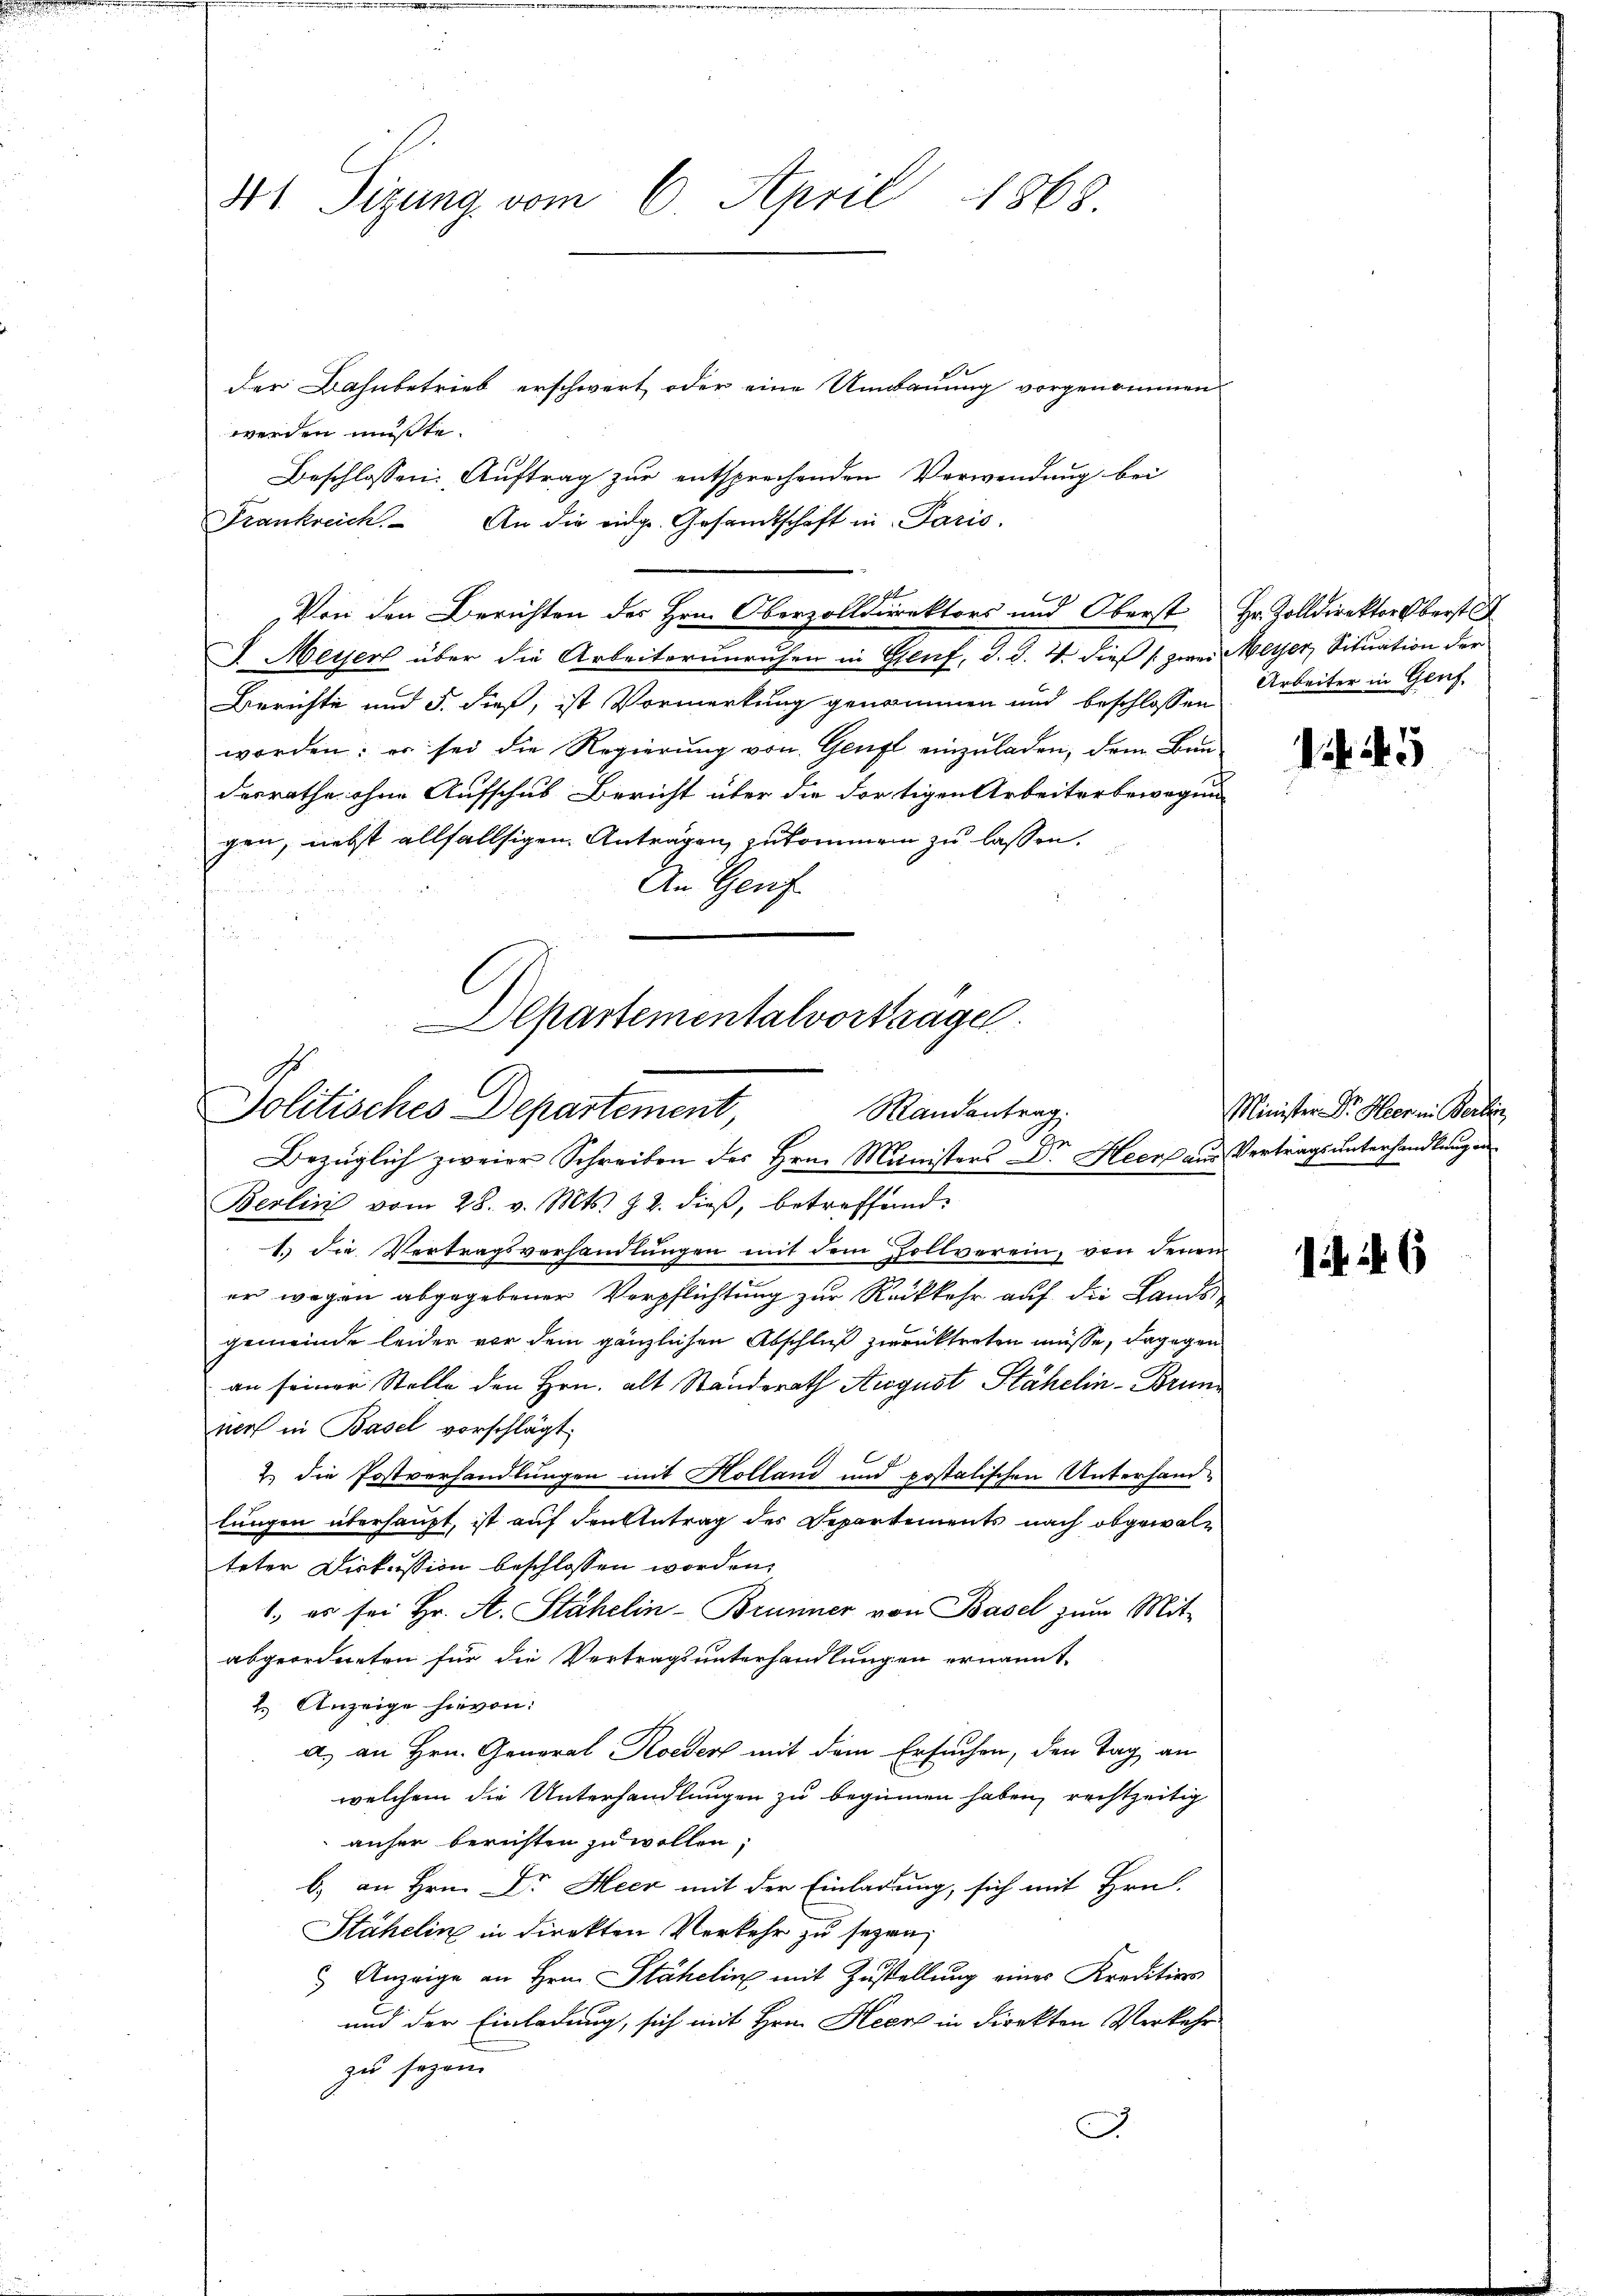
der Bahnbetrieb erschwert, oder eine Umbauung vorgenommen.
werden mußte.
Beschlossen: Auftrag zur entsprechenden Verwendung bei
Frankreich. An die eidg. Gesandtschaft in Paris.
Berichte und 5. dieß, ist Vormerkung genommen und beschlossen
worden: er sei die Regierung von Genzl einzuladen, dem Bundesrathe ohne Aufschub Bericht über die dortigen Arbeiterbewegun
gen, nebst allfällsigen Antragen zukommen zu lassen,
An Genf

41 Tigung vom 6. April 1868.

Von den Berichten des Hrn. Oberzolldirektors und Oberst Hr. Zolldirektor Oberst
J. Meyer über die Arbeiterunruhen in Genf, d. d. 4. dieß (zwei Meter, Situation der

Departementalvortrage
Politisches Departement,
Randantrag:
Bezüglich zweier Schreiben des Hrn. Ministers Dr. Heer aus Vertrags unterhandlung an

Berlin vom 28. v. Mts. Z. Z. dieß, betreffend
1. die Vertragsverhandlŭngen mit dem Zollverein, von denen
er wegen abgegebener Verpflichtung zur Rückkehr auf die Landsgemeinde leider vor dem gänzlichen Abschluß zurücktreten müsse, dagegen
an seiner Stelle den Hrn. alt Standerath August Stähelin-Borun
norf in Basel vorschlägt.
2.) Die Postverhandlungen mit Holland und postalischen Unterhandlungen überhaupt, ist auf den Antrag des Departements nach obgewalteter Diskussion beschlossen worden,
1. es sei Hr. A. Stähelin-Brunner von Basel zum Mit-
abgeordneten für die Vertragsunterhandlungen ernannt.
2.) Anzeige hievon:
a.) an Hrn. General Roeder mit dem Ersuchen, den Tag an
welchem die Unterhandlungen zu beginnen haben, rechtzeitig
anher berechten zu wollen;
b) an Hrn. Dr. Heer mit der Einladung, sich mit Hrn.
Stähelin in direkten Verkehr zu seyen,
 Anzeige an Hrn. Stähelin mit Zustellung eines Kreditions
und der Einladung, sich mit Hrn. Heer in direkten Verkehr
zu sagen.
A

Arbeiter in Genf.

1445

Minister Dr. Heer in Berli

ik in 6